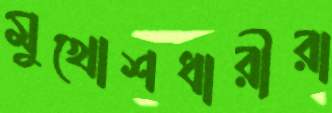
মুখোশধারীরা